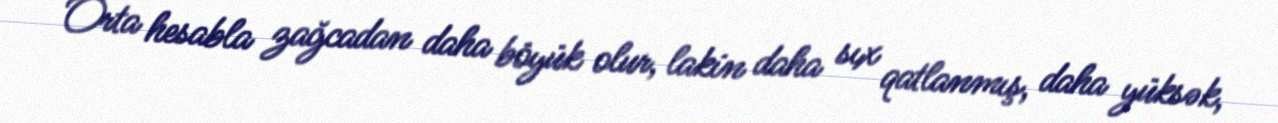
Orta hesabla zağcadan daha böyük olur, lakin daha sıx qatlanmış, daha yüksək,